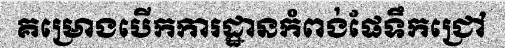
គម្រោងបើកការដ្ឋានកំពង់ផែទឹកជ្រៅ